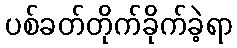
ပစ်ခတ်တိုက်ခိုက်ခဲ့ရာ